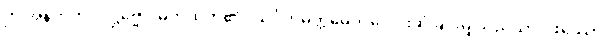
ဤအနက်ကို။ ဒဋ္ဌဗ္ဗော၊ မှတ်ထိုက်၏။ သင်္ဂတိမတ္တမေဝ၊ ပေါင်းဆုံခြင်းမျှသည်သာ။ ဖဿော၊